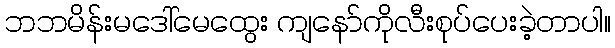
ဘဘမိန်းမဒေါ်မေထွေး ကျနော်ကိုလီးစုပ်ပေးခဲ့တာပါ။